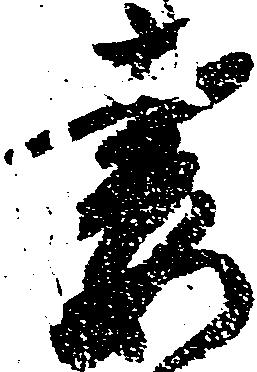
妻